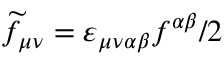
\widetilde { f } _ { \mu \nu } = \varepsilon _ { \mu \nu \alpha \beta } f ^ { \alpha \beta } / 2